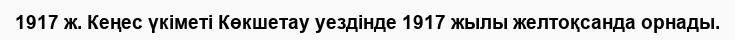
1917 ж. Кеңес үкіметі Көкшетау уездінде 1917 жылы желтоқсанда орнады.